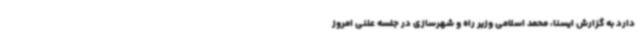
دارد به گزارش ایسنا، محمد اسلامی وزیر راه و شهرسازی در جلسه علنی امروز